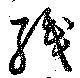
織